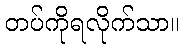
တပ်ကိုရလိုက်သာ။